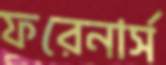
ফরেনার্স